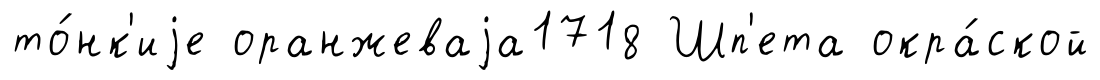
то́нк'иjе оранжеваjа1718 Шп'ета окра́ской